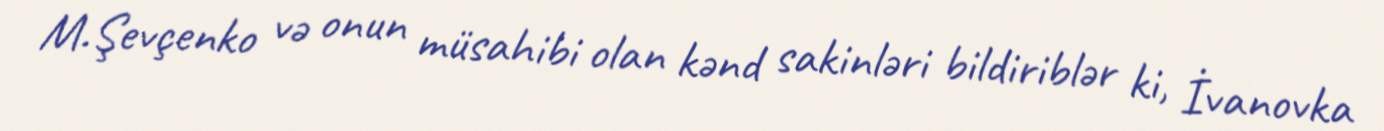
M.Şevçenko və onun müsahibi olan kənd sakinləri bildiriblər ki, İvanovka